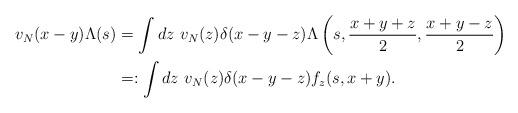
LaTeX: \begin{align*} v_N(x-y)\Lambda(s) &= \int dz\ v_N(z)\delta(x-y-z) \Lambda\left(s, \frac{x+y+z}{2}, \frac{x+y-z}{2} \right) \\ &=: \int dz\ v_N(z)\delta(x-y-z)f_z(s, x+y).\end{align*}